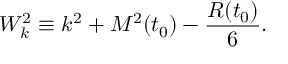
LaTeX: W _ { k } ^ { 2 } \equiv k ^ { 2 } + { \cal M } ^ { 2 } ( t _ { 0 } ) - \frac { { \cal R } ( t _ { 0 } ) } { 6 } .